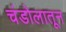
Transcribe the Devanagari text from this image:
चंडोलातून